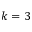
k = 3